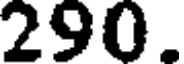
290.